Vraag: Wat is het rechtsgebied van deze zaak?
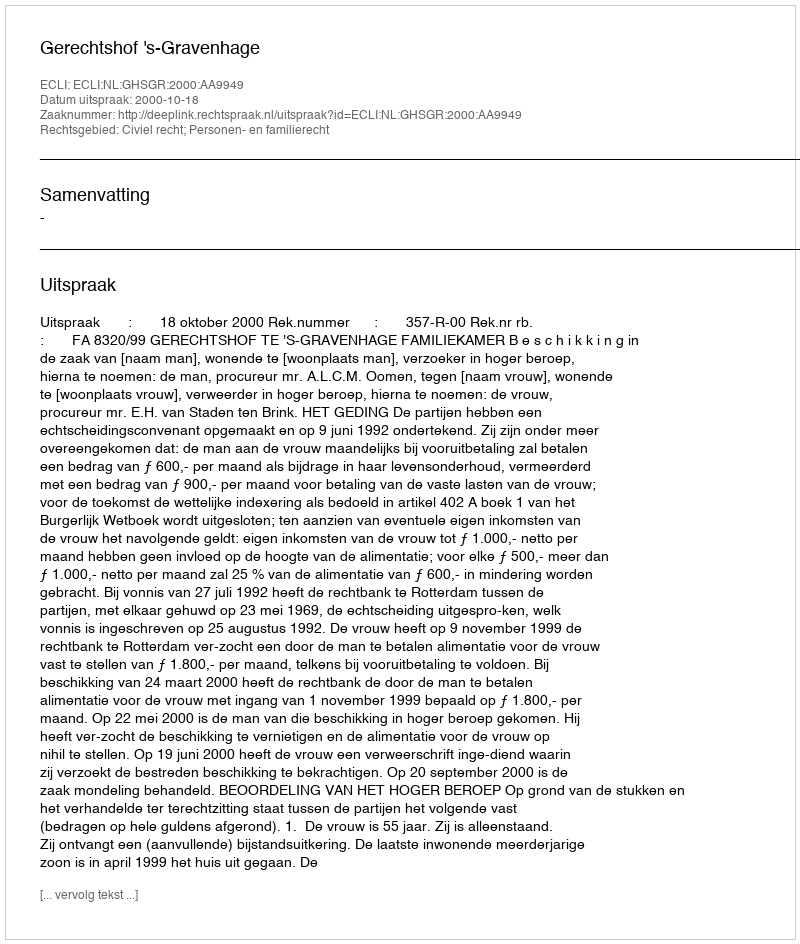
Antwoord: Civiel recht; Personen- en familierecht